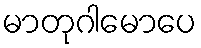
မာတုဂါမောပေ